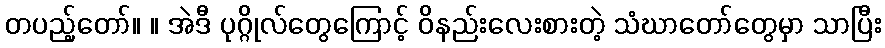
တပည့်တော်။ ။ အဲဒီ ပုဂ္ဂိုလ်တွေကြောင့် ဝိနည်းလေးစားတဲ့ သံဃာတော်တွေမှာ သာပြီး